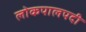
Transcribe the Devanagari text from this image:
लोकपालपदी